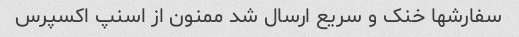
سفارشها خنک و سریع ارسال شد ممنون از اسنپ اکسپرس